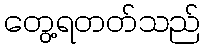
တွေ့ရတတ်သည်